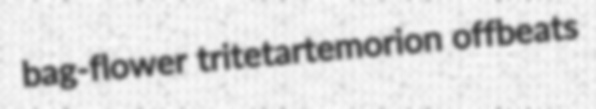
bag-flower tritetartemorion offbeats